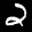
Label: 2